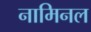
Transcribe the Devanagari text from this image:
नामिनल